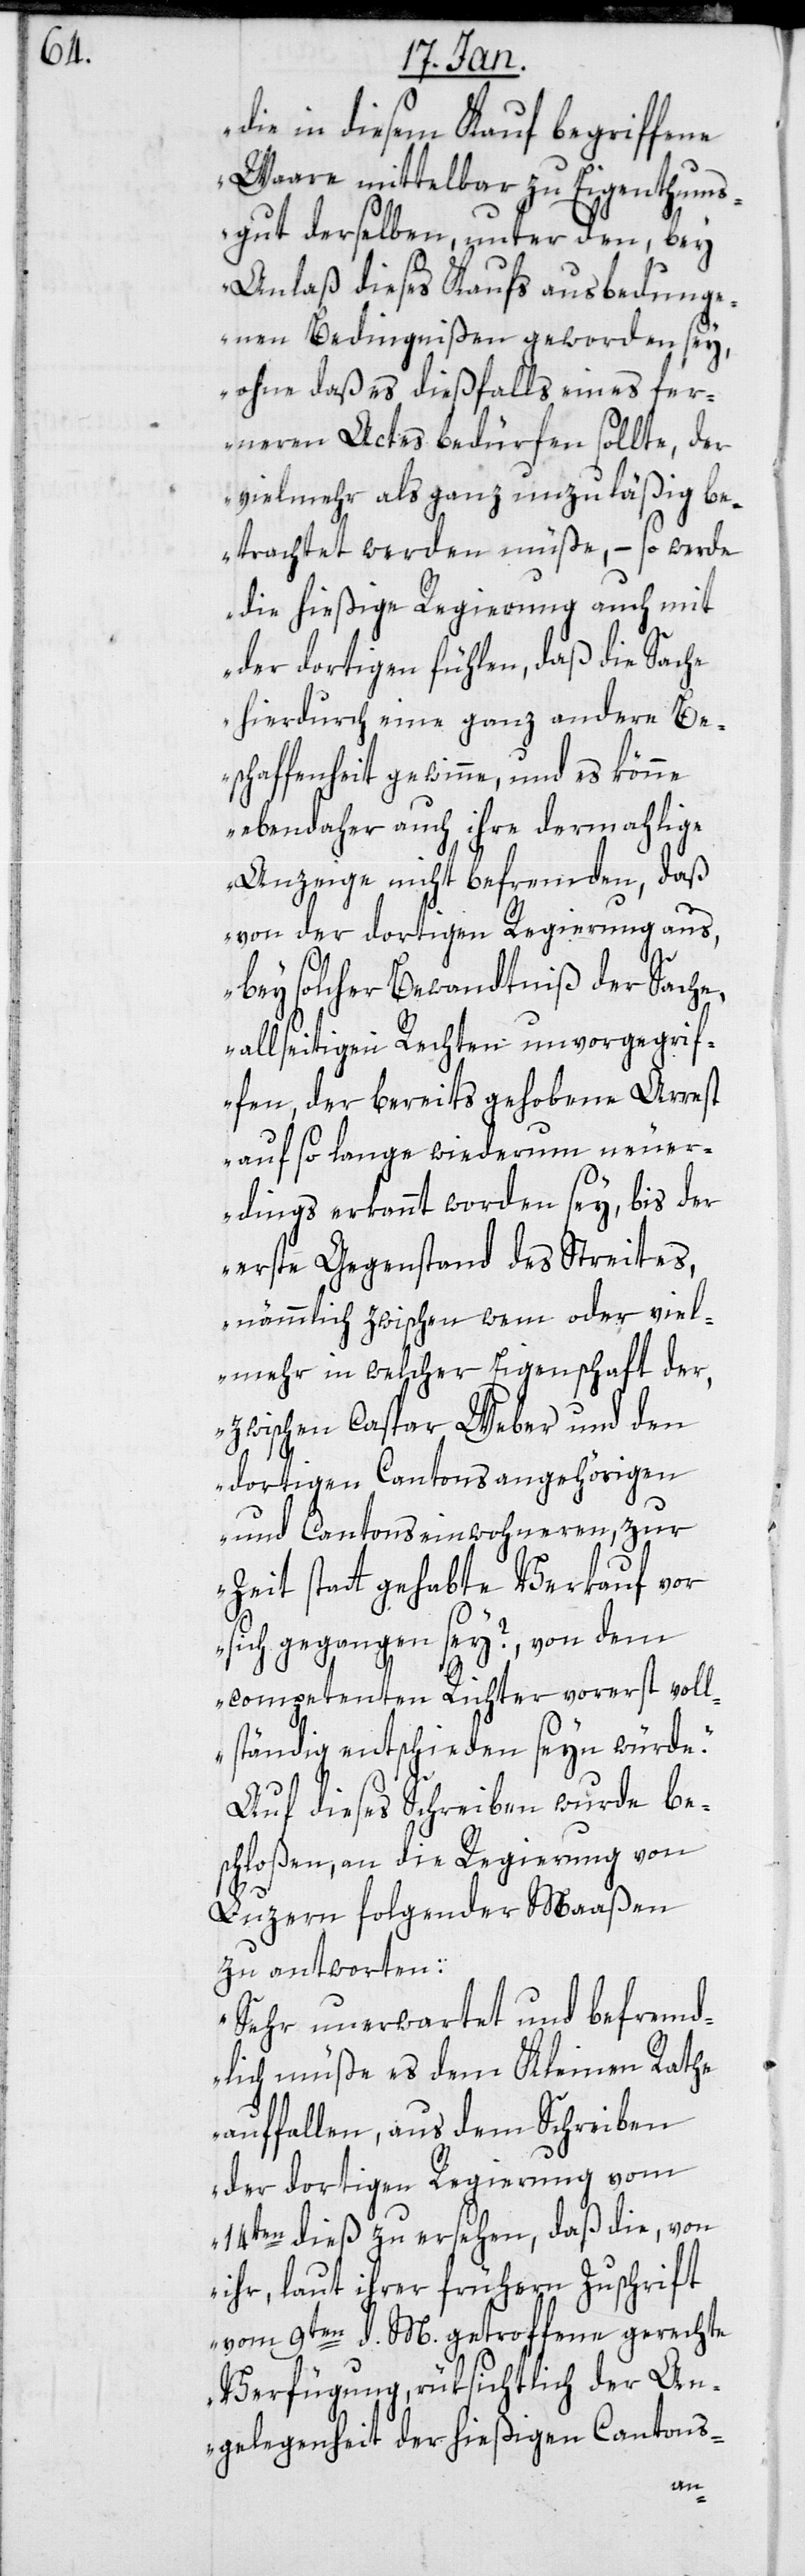
die in diesem Kauf begriffene
Waare mittelbar zu Eigenthums¬
gut derselben, unter den, bey
Anlaß dieses Kaufs ausbedunge¬
nen Bedingnißen geworden sey,
ohne daß es dießfalls eines fer¬
neren Actes bedürfen sollte, der
vielmehr als ganz unzuläßig be¬
trachtet werden müße, – so werde
die hießige Regierung auch mit
der dortigen fühlen, daß die Sache
hierdurch eine ganz andere Be¬
schaffenheit gewinne, und es könne
ebendaher auch ihre dermahlige
Anzeige nicht befremden, daß
von der dortigen Regierung aus,
bey solcher Bewandtniß der Sache,
allseitigen Rechten unvorgegrif¬
fen, der bereits gehobene Arrest
auf so lange wiederum neuer¬
dings erkannt worden sey, bis der
erste Gegenstand des Streites,
nämmlich zwischen wem oder viel¬
mehr in welcher Eigenschaft der,
zwischen Caspar Weber und den
dortigen Cantonsangehörigen
und Cantonseinwohneren, zur
Zeit statt gehabte Verkauf vor
sich gegangen sey?, von dem
competenten Richter vorerst voll¬
ständig entschieden seyn würde."
Auf dieses Schreiben wurde be¬
schloßen, an die Regierung von
Luzern folgender Maaßen
zu antworten:
"Sehr unerwartet und befremd¬
lich müße es dem Kleinen Rathe
auffallen, aus dem Schreiben
der dortigen Regierung vom
14ten dieß zu ersehen, daß die, von
ihr, laut ihrer frühern Zuschrift
vom 9ten d. M. getroffene gerechte
Verfügung, rüksichtlich der An¬
gelegenheit der hießigen Cantons-